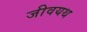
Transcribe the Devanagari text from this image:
जीवयथ